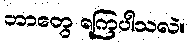
ဘာတွေ ရကြပါသလဲ။